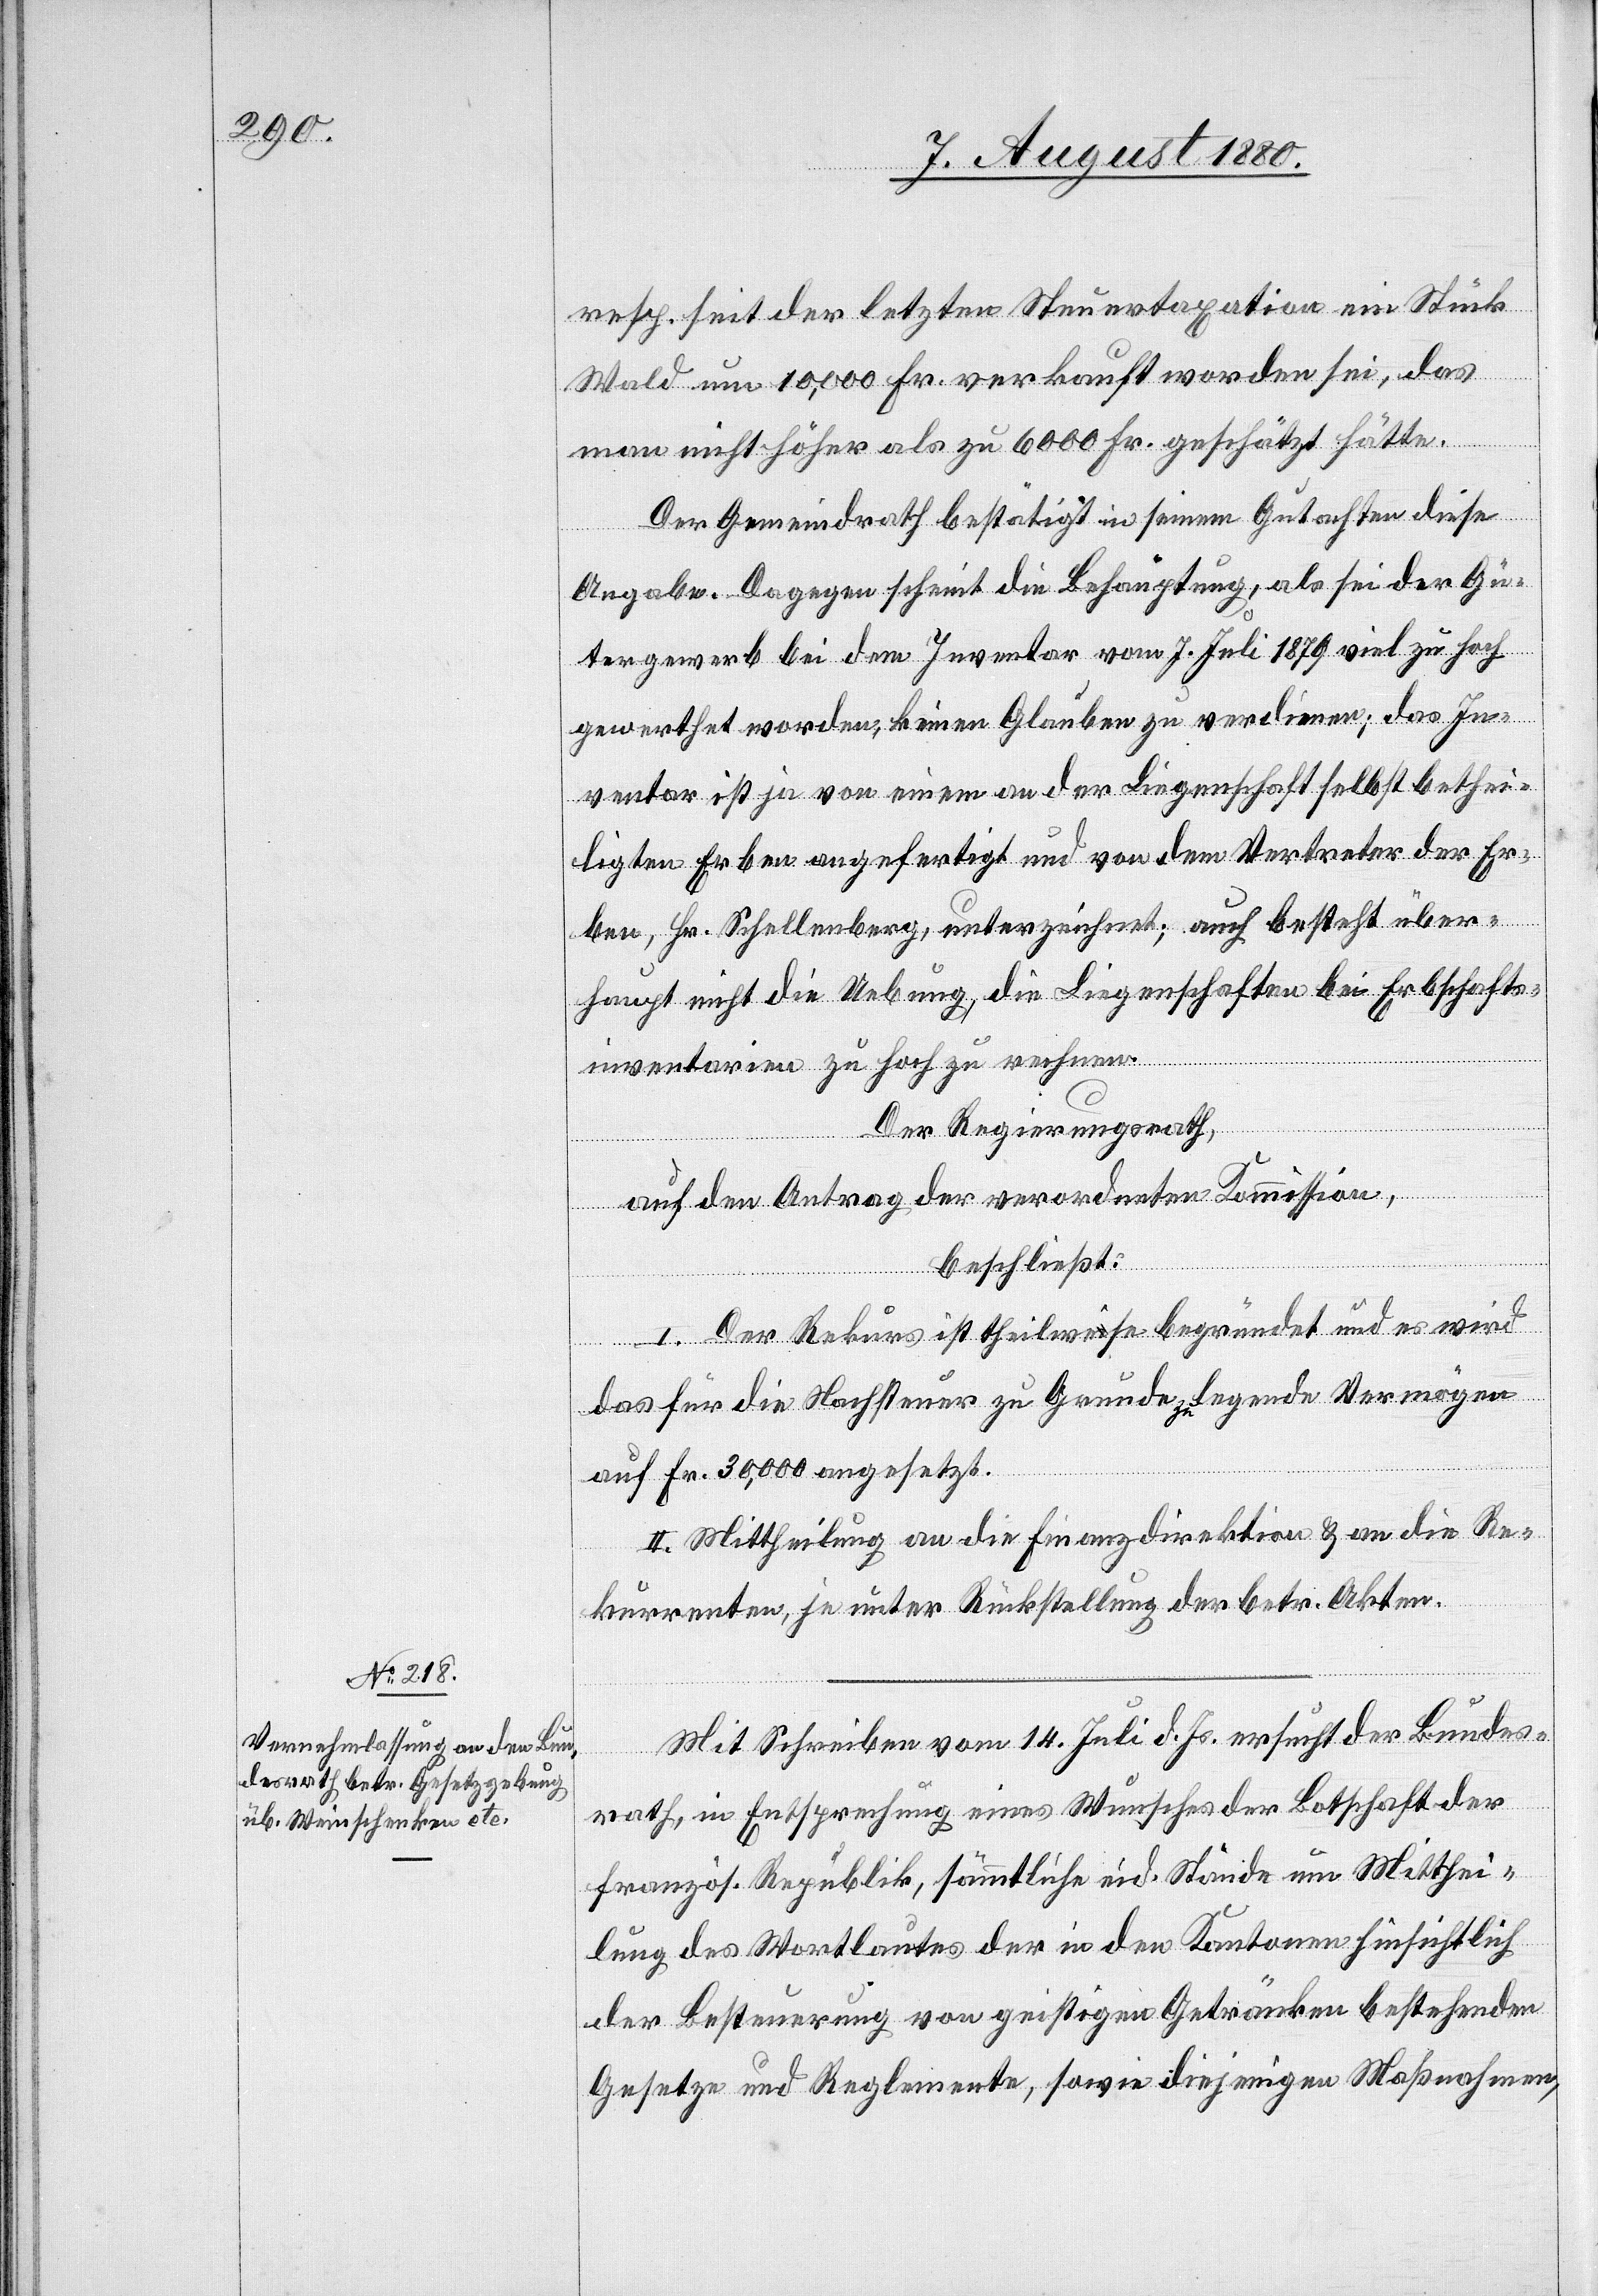
resp. seit der letzten Steuertaxation ein Stück
Wald um 10,000 Fr. verkauft worden sei, das
man nicht höher als zu 6000 Fr. geschätzt hätte.
Der Gemeindrath bestätigt in seinem Gutachten diese
Angaben. Dagegen scheint die Behauptung, als sei der Gü¬
tergewerb bei dem Inventar vom 7. Juli 1879 viel zu hoch
gewerthet worden, keinen Glauben zu verdienen; das In¬
ventar ist ja von einem an der Liegenschaft selbst bethei¬
ligten Erben angefertigt und von dem Vertreter der Er¬
ben, Hr. Schellenberg, unterzeichnet; auch besteht über¬
haupt nicht die Uebung, die Liegenschaften bei Erbschafts¬
inventarien zu hoch zu rechnen.
Der Regierungsrath,
auf den Antrag der verordneten Kommission,
beschließt:
I. Der Rekurs ist theilweise begründet und es wird
das für die Nachsteuer zu Grunde zu legende Vermögen
auf Fr. 30,000 angesetzt.
II. Mittheilung an die Finanzdirektion & an die Re¬
kurrenten, je unter Rückstellung der betr. Akten.
Mit Schreiben vom 14. Juli d. Js. ersucht der Bundes¬
rath, in Entsprechung eines Wunsches der Botschaft der
fanzös. Republik, sämmtliche eid. Stände um Mitthei¬
lung des Wortlautes der in den Kantonen hinsichtlich
der Besteuerung von geistigen Getränken bestehenden
Gesetze und Reglemente, sowie diejenigen Maßnahmen,